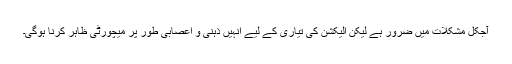
آجکل مشکلات میں ضرور ہے لیکن الیکشن کی تیاری کے لیے انہیں ذہنی و اعصابی طور پر میچورٹی ظاہر کرنا ہوگی۔